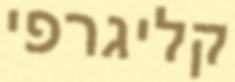
קליגרפי